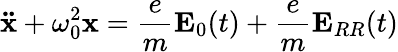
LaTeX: \mathbf{\ddot{x}}+\omega_{0}^{2}\mathbf{x}={\frac{e}{m}}\mathbf{E}_{0}(t)+{\frac{e}{m}}\mathbf{E}_{RR}(t)